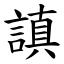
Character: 謓